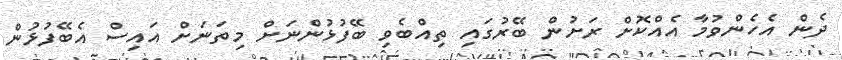
ދެން އެހެންވުމާ އެއްކޮށް ރަށުން ބޭރުގައި ތިއްބެވި ބޭފުޅުންނަށް މިތަނަށް އައިސް އެބޭފުޅުން